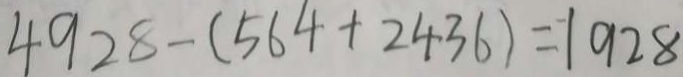
4 9 2 8 - ( 5 6 4 + 2 4 3 6 ) = 1 9 2 8